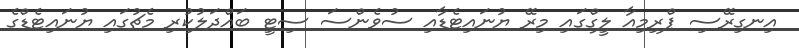
އިނގިރޭސި ޕްރިމިއާ ލީގްގައި މިރޭ ޔުނައިޓެޑާއި ސުވެންސަ ސިޓީ ބައްދަލުކުރި މެޗުގައި ޔުނައިޓެޑްގެ